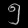
Digit: ၅